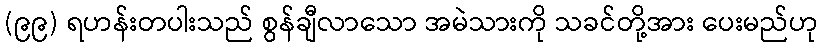
(၉၉) ရဟန်းတပါးသည် စွန်ချီလာသော အမဲသားကို သခင်တို့အား ပေးမည်ဟု